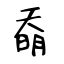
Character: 奣